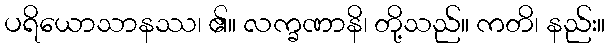
ပရိယောသာနဿ၊ ၏။ လက္ခဏာနိ၊ တို့သည်။ ကတိ၊ နည်း။